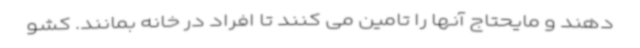
دهند و مایحتاج آنها را تامین می کنند تا افراد در خانه بمانند. کشو